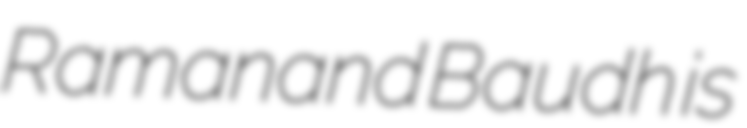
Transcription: Ramanand Baudh is